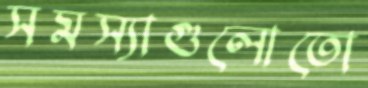
সমস্যাগুলোতো